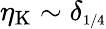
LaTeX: \eta_{\mathrm{K}}\sim\delta_{\scriptscriptstyle{1/4}}